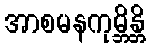
အာစမနကုမ္ဘိန္တိ